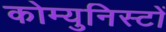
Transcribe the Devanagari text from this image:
कोम्युनिस्टों